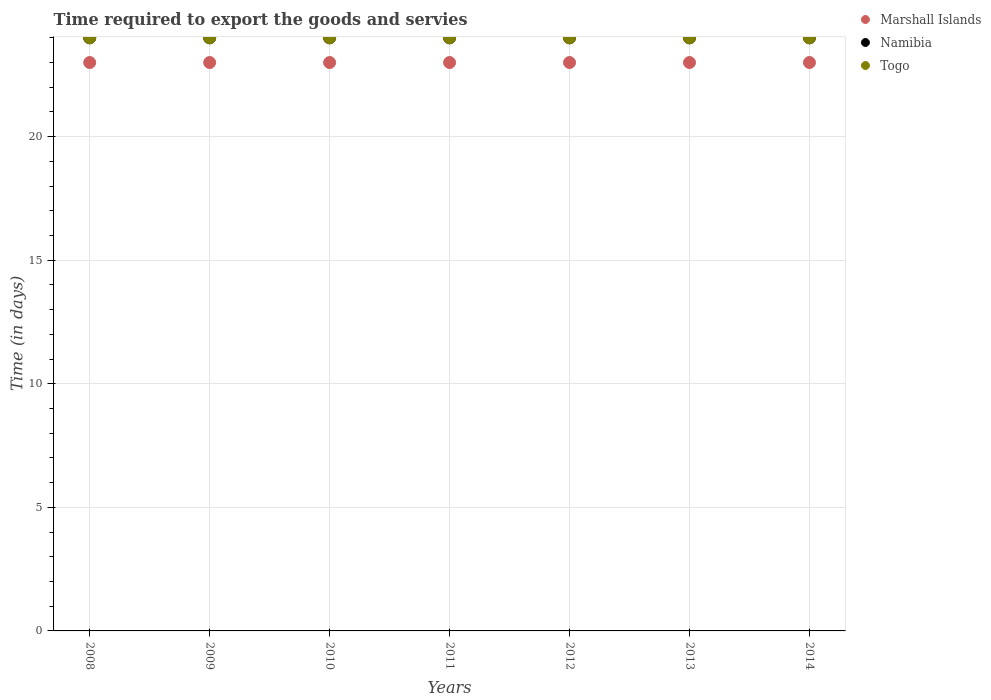
| Years | Marshall Islands | Namibia | Togo |
 | --- | --- | --- | --- |
 | 2008 | 23 | 24 | 24 |
 | 2009 | 23 | 24 | 24 |
 | 2010 | 23 | 24 | 24 |
 | 2011 | 23 | 24 | 24 |
 | 2012 | 23 | 24 | 24 |
 | 2013 | 23 | 24 | 24 |
 | 2014 | 23 | 24 | 24 |